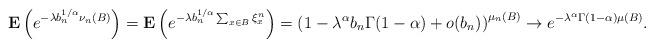
LaTeX: \begin{align*}\mathbf{E}\left(e^{-\lambda b_n^{1/\alpha}\nu_n(B)}\right)=\mathbf{E}\left(e^{-\lambda b_n^{1/\alpha}\sum_{x\in B}\xi^n_x}\right)=\left(1-\lambda^\alpha b_n \Gamma(1-\alpha)+o(b_n)\right)^{\mu_n(B)}\rightarrow e^{-\lambda^\alpha \Gamma(1-\alpha)\mu(B)}.\end{align*}